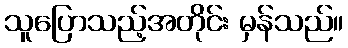
သူပြောသည့်အတိုင်း မှန်သည်။